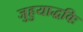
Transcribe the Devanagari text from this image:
जुहुयाद्धविः